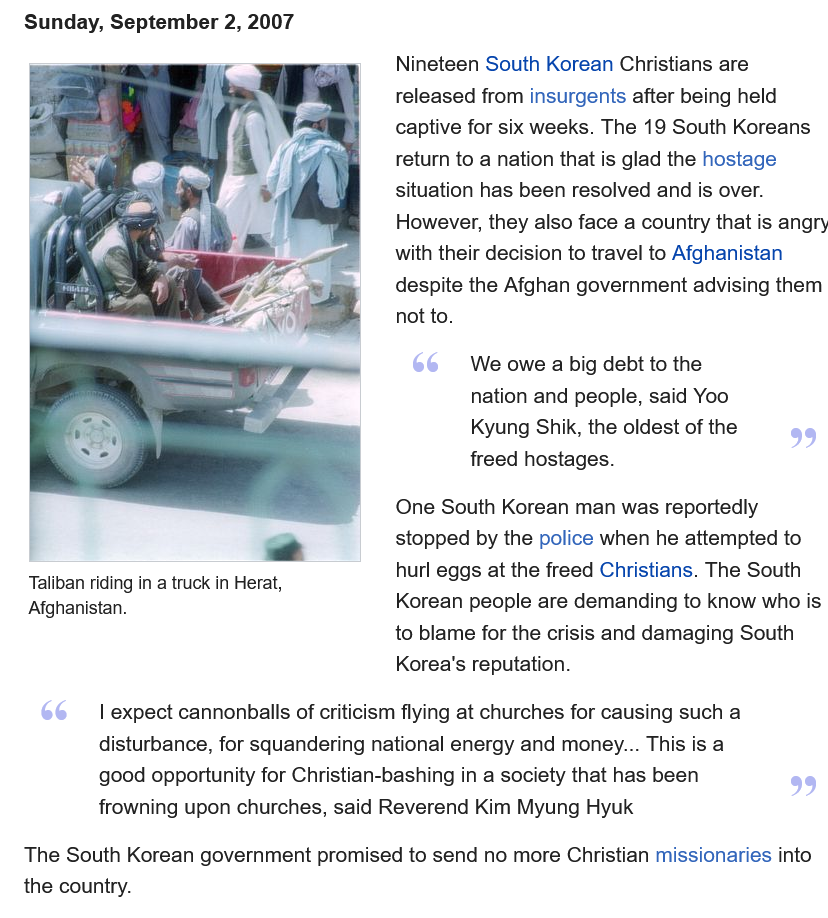
Sunday, September 2, 2007
     We owe a big debt to the
     nation and people, said Yoo
     Kyung Shik, the oldest of the
     freed hostages.
     One South Korean man was reportedly
     stopped by the police when he attempted to
     hurl eggs at the freed Christians. The South
     Korean people are demanding to know who is
     to blame for the crisis and damaging South
     Korea's reputation.
     | expect cannonballs of criticism flying at churches for causing such a
     disturbance, for squandering national energy and money... This is a
     good opportunity for Christian-bashing in a society that has been
     frowning upon churches, said Reverend Kim Myung Hyuk
   The South Korean government promised to send no more Christian missionaries into
   the country.
   Taliban riding in a truck in Herat,
   Afghanistan.
     Nineteen South Korean Christians are
     released from insurgents after being held
     captive for six weeks. The 19 South Koreans
     return to a nation that is glad the hostage
     situation has been resolved and is over.
     However, they also face a country that is angry
     with their decision to travel to Afghanistan
     despite the Afghan government advising them
     not to.